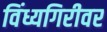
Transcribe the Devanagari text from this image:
विंध्यगिरीवर